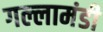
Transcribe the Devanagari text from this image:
गल्लामंडी